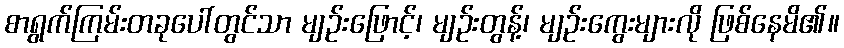
စာရွက်ကြမ်းတခုပေါ်တွင်သာ မျဉ်းဖြောင့်၊ မျဉ်းတွန့်၊ မျဉ်းကွေးများလို ဖြစ်နေမိ၏။